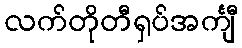
လက်တိုတီရှပ်အင်္ကျီ